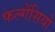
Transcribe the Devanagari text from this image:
फल्गेंसियो